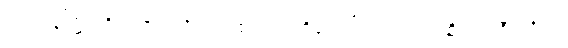
သဿနဒိံဋ္ဌိံ၊ ကို။ ပဇဟတိ၊ ပယ်၏။ စ၊ ထိုမှတပါး။ တဿ၊ ထိုယောဂီ ပုဂ္ဂိုလ်